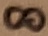
Text: 8